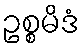
ဥစ္စမိဒံ